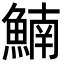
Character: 𩹞